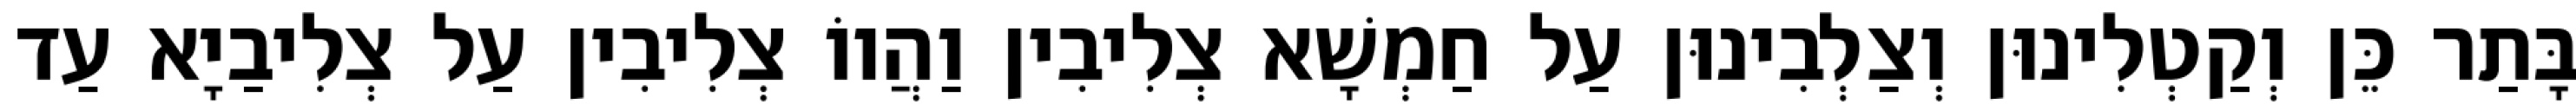
בָּתַר כֵּן וְקַטְלִינוּן וְצַלְבִינוּן עַל חַמְשָׁא צְלִיבִין וַהֲווֹ צְלִיבִין עַל צְלִיבַיָא עַד